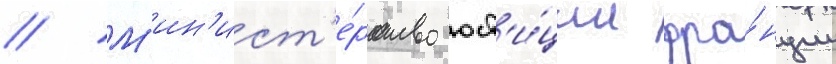
// М'ин'ист'е́рство юст'и́ции фра́нции